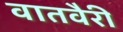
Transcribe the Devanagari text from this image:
वातवैरी